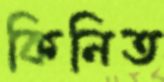
কিনিত